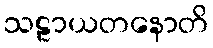
သဠာယတနောတိ